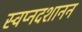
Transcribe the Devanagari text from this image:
स्वप्नदशानन